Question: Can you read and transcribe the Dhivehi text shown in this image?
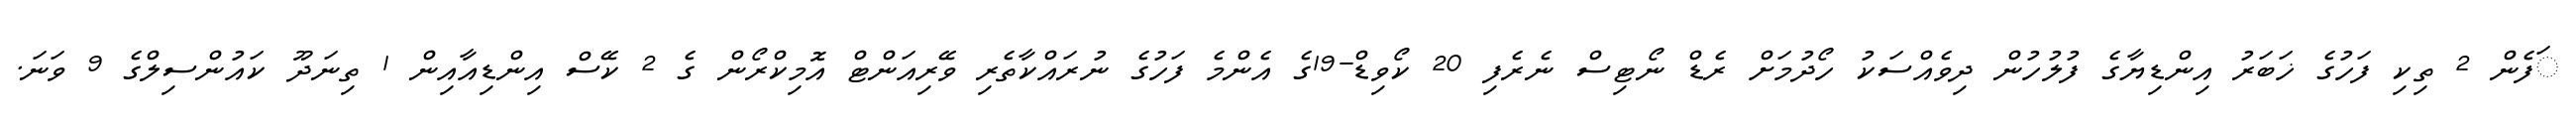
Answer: ަފެން 2 ތިކި ފަހުގެ ޚަބަރު އިންޑިޔާގެ ފުލުހުން ދިވެއްސަކު ހޯދުމަށް ރެޑް ނޯޓިސް ނެރެފި 20 ކޯވިޑް-19ގެ އެންމެ ފަހުގެ ނުރައްކާތެރި ވޭރިއަންޓް އޮމިކްރޯން ގެ 2 ކޭސް އިންޑިއާއިން 1 ތިނަދޫ ކައުންސިލްގެ 9 ވަނަ.